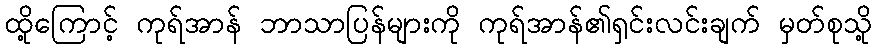
ထို့ကြောင့် ကုရ်အာန် ဘာသာပြန်များကို ကုရ်အာန်၏ရှင်းလင်းချက် မှတ်စုသို့